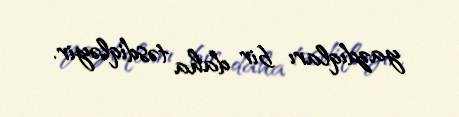
yazdıqları bir daha təsdiqləyir.